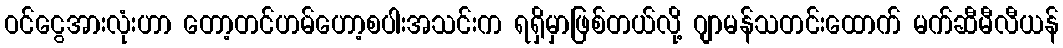
ဝင်ငွေအားလုံးဟာ တော့တင်ဟမ်ဟော့စပါးအသင်းက ရရှိမှာဖြစ်တယ်လို့ ဂျာမန်သတင်းထောက် မက်ဆီမီလီယန်